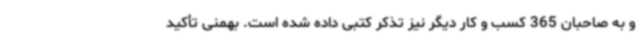
و به صاحبان 365 کسب و کار دیگر نیز تذکر کتبی داده شده است. بهمنی تأکید